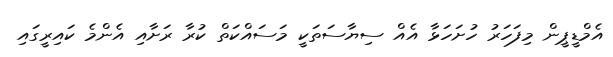
އެމްޑީޕީން މިފަހަރު ހުށަހަޅާ އެއް ސިޔާސަތަކީ މަސައްކަތް ކުރާ ރަށާއި އެންމެ ކައިރީގައި